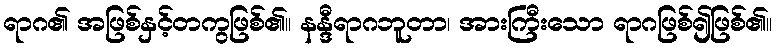
ရာဂ၏ အဖြစ်နှင့်တကွဖြစ်၏။ နန္ဒီရာဂဘူတာ၊ အားကြီးသော ရာဂဖြစ်၍ဖြစ်၏။